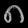
Digit: ၈